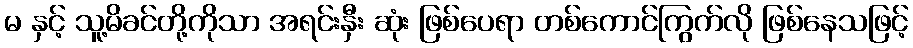
မ နှင့် သူ့မိခင်တို့ကိုသာ အရင်းနှီး ဆုံး ဖြစ်ပေရာ တစ်ကောင်ကြွက်လို ဖြစ်နေသဖြင့်